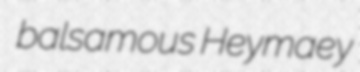
balsamous Heymaey